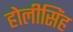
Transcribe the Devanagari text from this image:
होलीसिंह